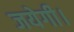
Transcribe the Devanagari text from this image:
जयेगी।